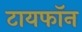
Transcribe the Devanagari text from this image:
टायफॉन